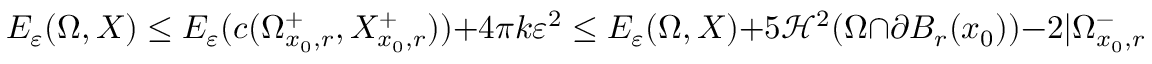
E _ { \varepsilon } ( \Omega , X ) \leq E _ { \varepsilon } ( c ( \Omega _ { x _ { 0 } , r } ^ { + } , X _ { x _ { 0 } , r } ^ { + } ) ) + 4 \pi k \varepsilon ^ { 2 } \leq E _ { \varepsilon } ( \Omega , X ) + 5 \mathcal { H } ^ { 2 } ( \Omega \cap \partial B _ { r } ( x _ { 0 } ) ) - 2 | \Omega _ { x _ { 0 } , r } ^ { - } | ^ { \frac { 2 } { 3 } } ,